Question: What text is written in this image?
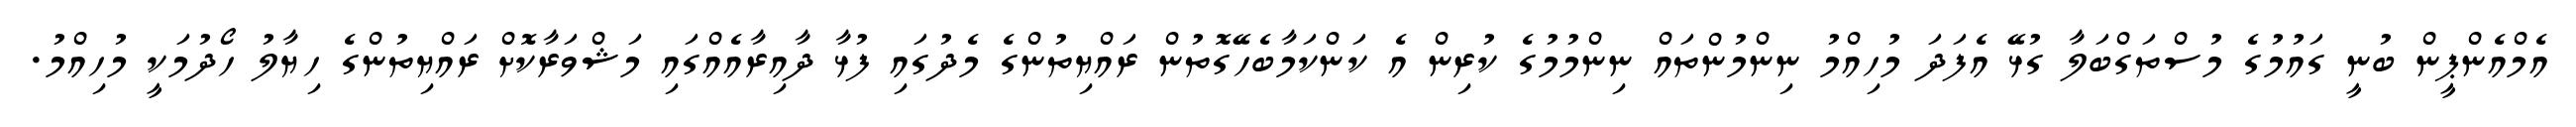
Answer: އެމްއެންޕީން ބުނީ ގައުމުގެ މުސްތަގްބަލާ ގުޅޭ އެފަދަ މުހިއްމު ނިންމުންތައް ނިންމުމުގެ ކުރިން އެ ކަންކަމާބެހޭގޮތުން ރައްޔިތުންގެ މެދުގައި ފުޅާ ދާއިރާއެއްގައި މަޝްވަރާކޮށް ރައްޔިތުންގެ ހިޔާލު ހޯދުމަކީ މުހިއްމު.